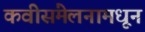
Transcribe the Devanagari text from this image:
कवीसंमेलनामधून